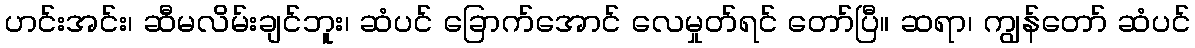
ဟင်းအင်း၊ ဆီမလိမ်းချင်ဘူး၊ ဆံပင် ခြောက်အောင် လေမှုတ်ရင် တော်ပြီ။ ဆရာ၊ ကျွန်တော် ဆံပင်